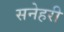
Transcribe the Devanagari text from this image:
सनेहरी